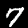
Label: 7